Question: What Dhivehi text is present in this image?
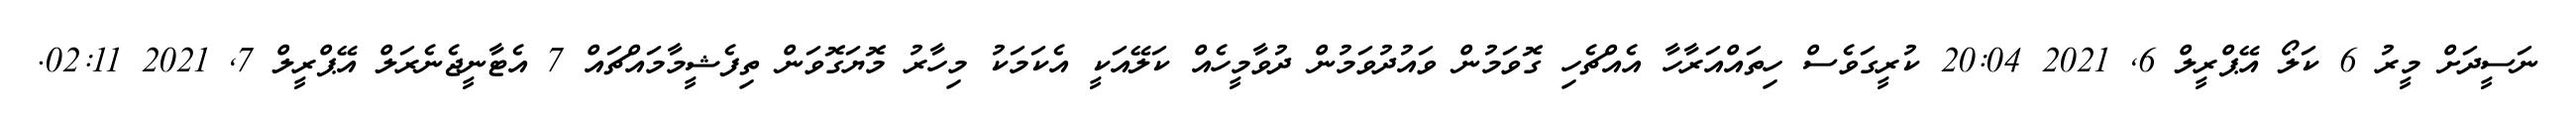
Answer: ނަސީދަށް މީރު 6 ކަލޯ އޭޕްރީލް 6, 2021 20:04 ކުރީގަވެސް ހިތައްއަރާހާ އެއްޗެހި ގޮވަމުން ވައުދުވަމުން ދުވާމީހެއް ކަލޭއަކީ އެކަމަކު މިހާރު މޮޔަގޮވަން ތިފެޝީމާމައްޗައް 7 އެޓާނީޖެނެރަލް އޭޕްރީލް 7, 2021 02:11.